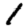
Digit: 1